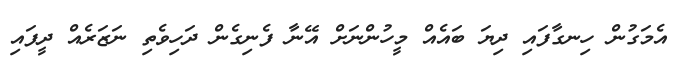
އެމަގުން ހިނގާފައި ދިޔަ ބައެއް މީހުންނަށް އޭނާ ފެނިގެން ދަހިވެތި ނަޒަރެއް ދީފައި